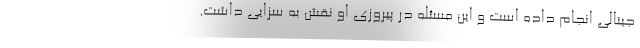
جیتالی انجام داده است و این مسئله در پیروزی او نقش به سزایی داشت.